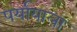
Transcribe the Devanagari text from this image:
पर्यायाला